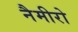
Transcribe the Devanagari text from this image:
नैमीरो